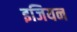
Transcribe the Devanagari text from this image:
इजियन